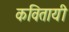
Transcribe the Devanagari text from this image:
कवितायी